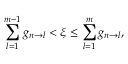
\sum _ { l = 1 } ^ { m - 1 } g _ { n \rightarrow l } < \xi \leq \sum _ { l = 1 } ^ { m } g _ { n \rightarrow l } ,